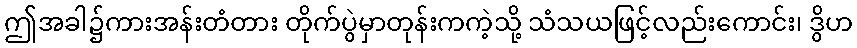
ဤအခါ၌ကားအန်းတံတား တိုက်ပွဲမှာတုန်းကကဲ့သို့ သံသယဖြင့်လည်းကောင်း၊ ဒွိဟ